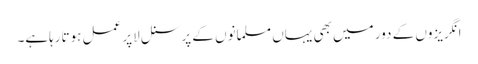
انگریزوں کے دور میں بھی یہاں مسلمانوں کے پرسنل لاپر عمل ہوتارہاہے۔